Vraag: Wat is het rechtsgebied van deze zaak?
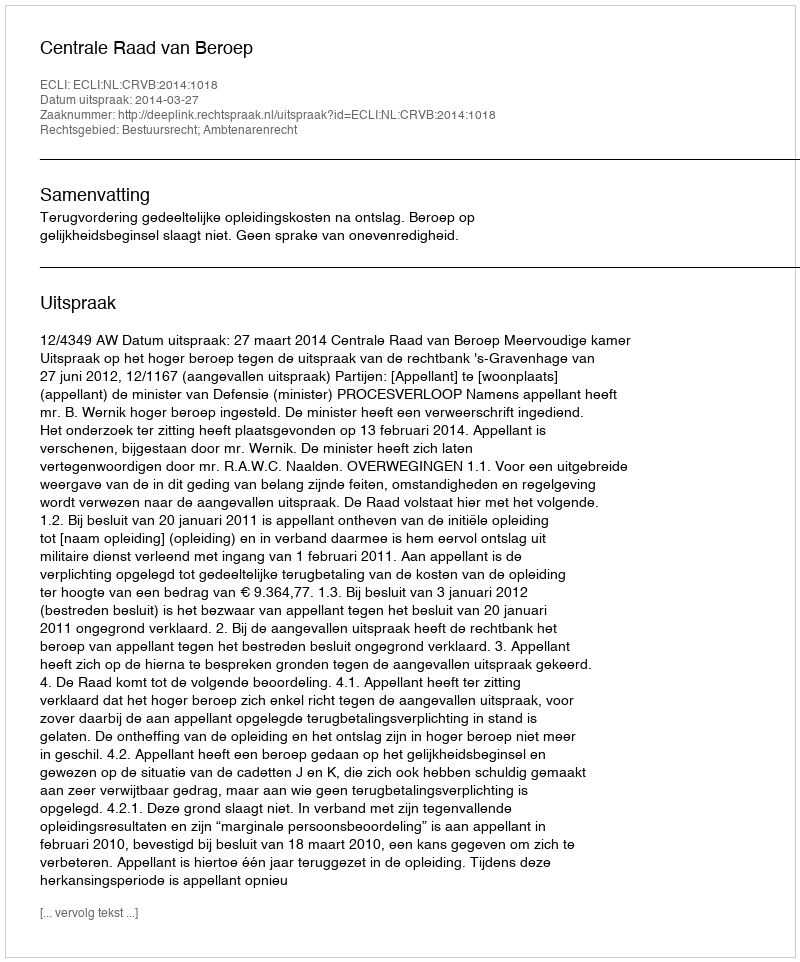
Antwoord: Bestuursrecht; Ambtenarenrecht